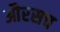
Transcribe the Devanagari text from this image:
औरसच